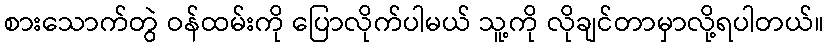
စားသောက်တွဲ ဝန်ထမ်းကို ပြောလိုက်ပါမယ် သူ့ကို လိုချင်တာမှာလို့ရပါတယ်။